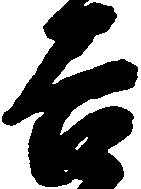
吉